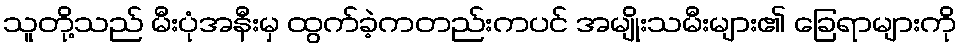
သူတို့သည် မီးပုံအနီးမှ ထွက်ခဲ့ကတည်းကပင် အမျိုးသမီးများ၏ ခြေရာများကို